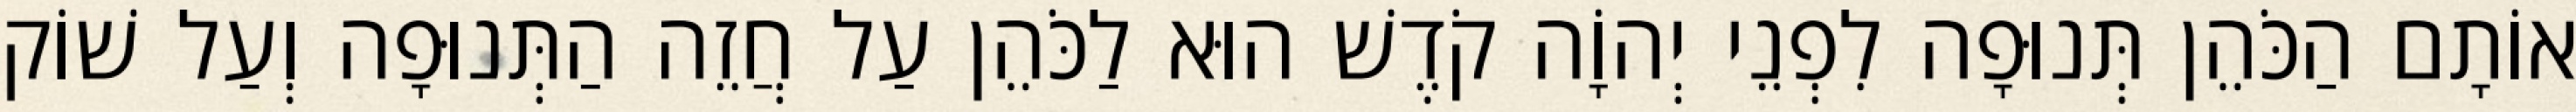
אוֹתָם הַכֹּהֵן תְּנוּפָה לִפְנֵי יְהוָֹה קֹדֶשׁ הוּא לַכֹּהֵן עַל חֲזֵה הַתְּנוּפָה וְעַל שׁוֹק